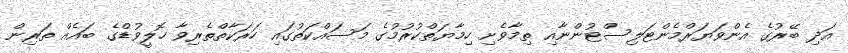
އަދި ބޭރުގެ އެންވަޔަރްމެންޓަލިސްޓުންނާއި ތިމާވެށި ހިމާޔަތްކުރުމުގެ މަސައްކަތުގައި ހަރަކާތްތެރިވާ ހޮލީވުޑްގެ ބައެއް ތަރިން